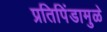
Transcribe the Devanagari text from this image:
प्रतिपिंडामुळे